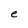
Character: e